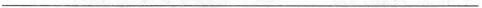
___